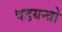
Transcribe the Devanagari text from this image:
षडयन्त्रो